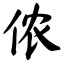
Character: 侬